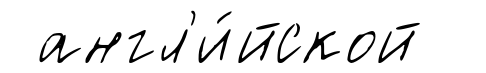
англ'и́йской